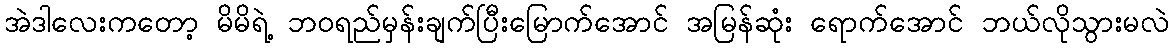
အဲဒါလေးကတော့ မိမိရဲ့ ဘဝရည်မှန်းချက်ပြီးမြောက်အောင် အမြန်ဆုံး ရောက်အောင် ဘယ်လိုသွားမလဲ